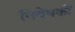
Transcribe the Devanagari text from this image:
निवेषकों